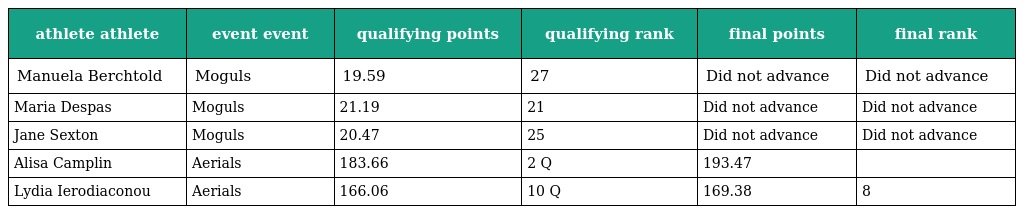
| athlete athlete | event event | qualifying points | qualifying rank | final points | final rank |
 | --- | --- | --- | --- | --- | --- |
 | Manuela Berchtold | Moguls | 19.59 | 27 | Did not advance | Did not advance |
 | Maria Despas | Moguls | 21.19 | 21 | Did not advance | Did not advance |
 | Jane Sexton | Moguls | 20.47 | 25 | Did not advance | Did not advance |
 | Alisa Camplin | Aerials | 183.66 | 2 Q | 193.47 |  |
 | Lydia Ierodiaconou | Aerials | 166.06 | 10 Q | 169.38 | 8 |